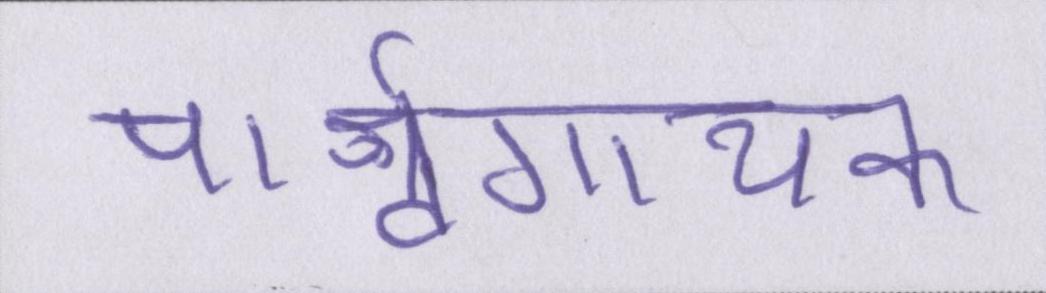
पार्श्वगायक